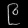
Digit: ၉